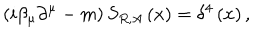
\left( i \beta _ { \mu } \partial ^ { \mu } - m \right) S _ { R , A } \left( x \right) = \delta ^ { 4 } \left( x \right) ,